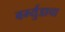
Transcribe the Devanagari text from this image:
बर्म्युडाचा